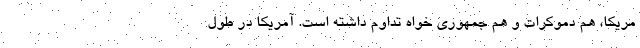
مریکا، هم دموکرات و هم جمهوری خواه تداوم داشته است. آمریکا در طول